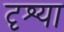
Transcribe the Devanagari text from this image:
दृश्या